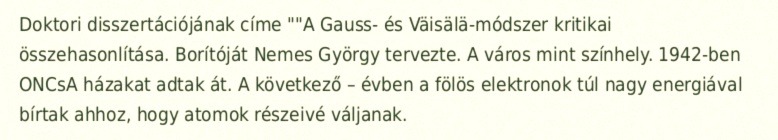
Doktori disszertációjának címe ""A Gauss- és Väisälä-módszer kritikai összehasonlítása. Borítóját Nemes György tervezte. A város mint színhely. 1942-ben ONCsA házakat adtak át. A következő – évben a fölös elektronok túl nagy energiával bírtak ahhoz, hogy atomok részeivé váljanak.